Annual report of the Imperial Bacteriologist
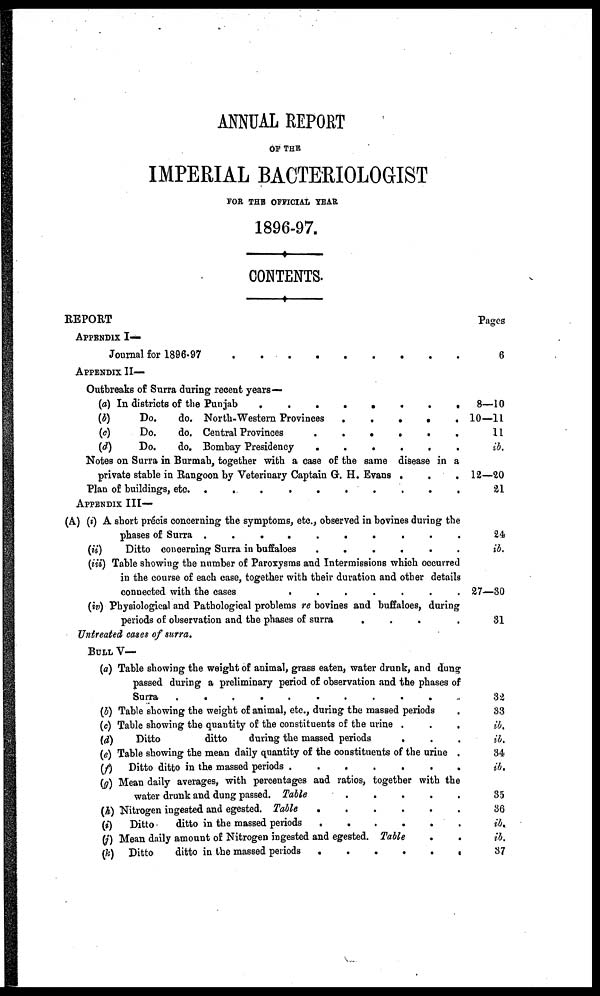
ANNUAL REPORT
OF THE
IMPERIAL BACTERIOLOGIST
FOR THE OFFICIAL YEAR
1896-97.
CONTENTS.
REPORT
APPENDIX I—
Journal for 1896-97
APPENDIX II—
Outbreaks of Surra during recent years—
(a) In districts of the Punjab
.
(b)
Do.
do. North-Western Provinces
.
.
.
.
.
(c)
Do.
do. Central Provinces
......
(d)
Do.
do. Bombay Presidency
......
Notes on Surra in Burmah, together with a case of the same disease in a
private stable in Rangoon by Veterinary Captain G. H. Evans .
.
.
APPENDIX III—
(A) (i) A short precis concerning the symptoms, etc., observed in bovines during the
phases of Surra
..........
(ii)
Ditto concerning Surra in buffaloes
......
(iii) Table showing the number of Paroxysms and Intermissions which occurred
in the course of each case, together with their duration and other details
connected with the cases
.......
(iv) Physiological and Pathological problems re bovines and buffaloes, during
periods of observation and the phases of surra
...
Untreated cases of surra.
BULL V—
(a) Table showing the weight of animal, grass eaten, water drunk, and dung
passed during a preliminary period of observation and the phases of
Surra
..........
(b) Table showing the weight of animal, etc., during the massed periods
(c) Table showing the quantity of the constituents of the urine .
(d)
Ditto
ditto
during the massed periods
.
(e) Table showing the mean daily quantity of the constituents of the urine .
(f)
Ditto ditto in the massed periods
(g) Mean daily averages, with percentages and ratios, together with the
water drunk and dung passed. Table
(h) Nitrogen ingested and egested. Table
(i) Ditto
ditto in the massed periods
(j) Mean daily amount of Nitrogen ingested and egested. Table
(k) Ditto
ditto in the massed periods
Pages
6
8—10
10—11
11
ib.
12—20
21
24
ib.
27—30
31
32
33
ib.
ib.
34
ib.
35
36
ib.
ib.
37